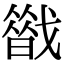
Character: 𢨈